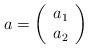
LaTeX: \begin{align*}a=\left(\begin{array}{c}a_1\\a_2\end{array}\right)\end{align*}